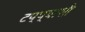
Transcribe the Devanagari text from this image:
टप्प्याशी